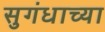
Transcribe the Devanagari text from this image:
सुगंधाच्या